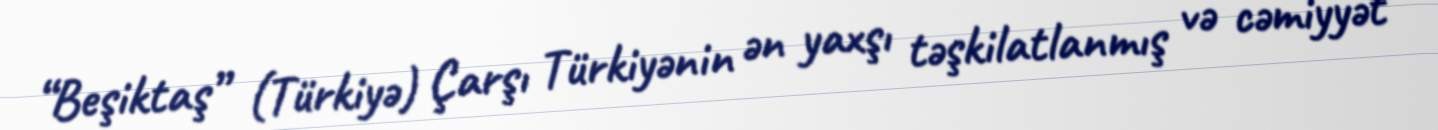
“Beşiktaş” (Türkiyə) Çarşı Türkiyənin ən yaxşı təşkilatlanmış və cəmiyyət